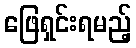
ဖြေရှင်းရမည့်